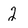
Character: 2